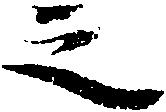
之